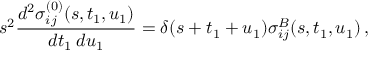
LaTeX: s ^ { 2 } \frac { d ^ { 2 } \sigma _ { i j } ^ { ( 0 ) } ( s , t _ { 1 } , u _ { 1 } ) } { d t _ { 1 } \: d u _ { 1 } } = \delta ( s + t _ { 1 } + u _ { 1 } ) \sigma _ { i j } ^ { B } ( s , t _ { 1 } , u _ { 1 } ) \, ,